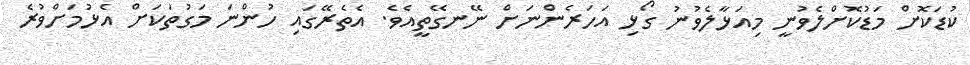
ކުޑަކޮށް މަޑުކޮށްލެވުނީ މިއަޅާލެވުނު ގޯޅި އަހަރެންނަށް ނޭނގޭތީއެވެ. އެތެރޭގައި ހުންނަ މަގުތަކަށް އެޅުމަށްވުރެ